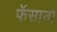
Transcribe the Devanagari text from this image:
फॅसाना